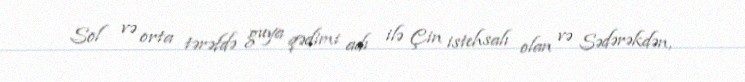
Sol və orta tərəfdə guya qədimi adı ilə Çin istehsalı olan və Sədərəkdən,